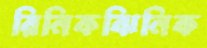
রিনিকঝিনিক